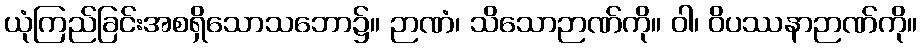
ယုံကြည်ခြင်းအစရှိသောသဘော၌။ ဉာဏံ၊ သိသောဉာဏ်ကို။ ဝါ၊ ဝိပဿနာဉာဏ်ကို။